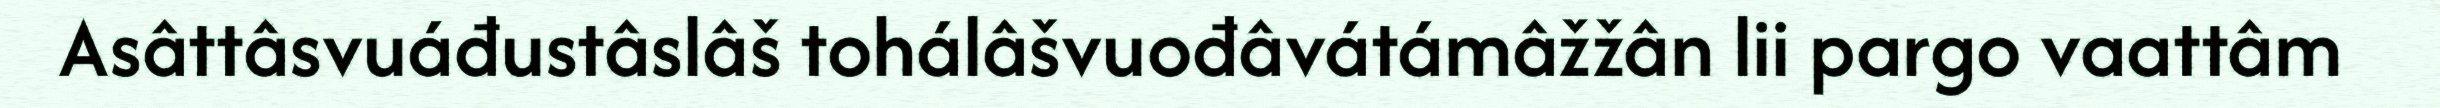
Asâttâsvuáđustâslâš tohálâšvuođâvátámâžžân lii pargo vaattâm